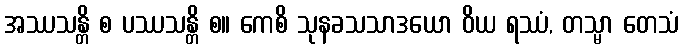
အဿသန္တိ စ ပဿသန္တိ စ။ ကေစိ သုနခသသာဒယော ဝိယ ရဿံ, တသ္မာ တေသံ